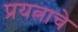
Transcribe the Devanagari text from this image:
प्रयत्नाचे